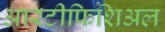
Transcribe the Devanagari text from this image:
आरटीफिशिअल